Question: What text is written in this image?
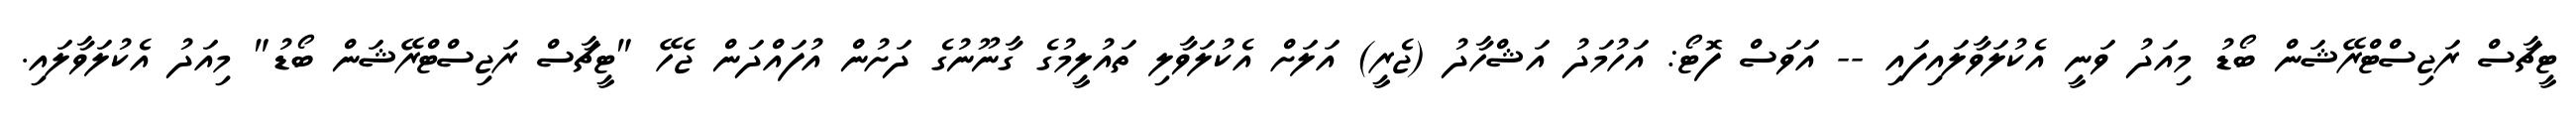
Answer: ޓީޗާސް ރަޖިސްޓްރޭޝަން ބޯޑު މިއަދު ވަނީ އެކުލަވާލައިފައި -- އަވަސް ފޮޓޯ: އަހުމަދު އަޝްހާދު (ޖެރީ) އަލަށް އެކުލަވާލި ތައުލީމުގެ ގާނޫނުގެ ދަށުން އުފައްދަން ޖެހޭ "ޓީޗާސް ރަޖިސްޓްރޭޝަން ބޯޑު" މިއަދު އެކުލަވާލައި.